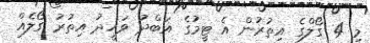
މި 4 ގޯލްގެ އިތުރުން އެ ޓީމުގެ އަބްދު ވަޙީދު އިތުރު ގޯލެއް